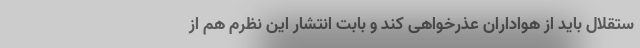
ستقلال باید از هواداران عذرخواهی کند و بابت انتشار این نظرم هم از